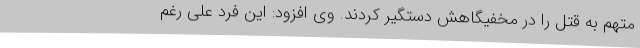
متهم به قتل را در مخفیگاهش دستگیر کردند. وی افزود: این فرد علی رغم